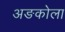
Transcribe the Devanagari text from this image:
अङकोला